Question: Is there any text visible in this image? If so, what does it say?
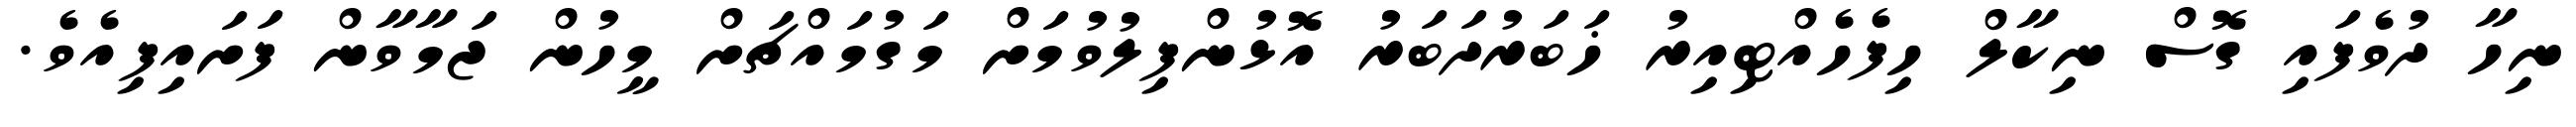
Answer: ނިހާ ދުވެފައި ގޮސް ނިކާލް ހިފެހެއްޓިއިރު ޚަބަރުދަބަރު އޮޅުންފިލުވުމަށް މަގުމައްޗަށް މީހުން ޖަމާވާން ފަށައިފިއެވެ.